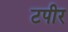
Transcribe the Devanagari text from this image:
टपीर